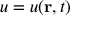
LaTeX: u = u ( \mathbf { r } , t )